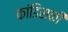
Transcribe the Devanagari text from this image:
कांडिसकी